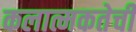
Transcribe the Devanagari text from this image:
कलात्मकतेची